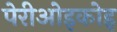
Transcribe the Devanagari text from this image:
पेरीओइकोइ